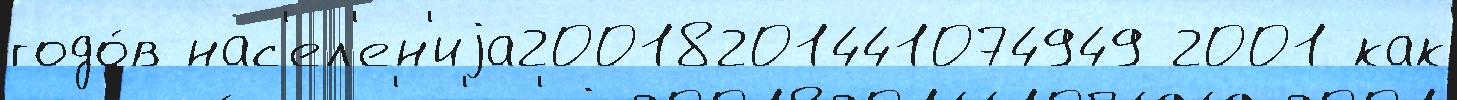
годо́в нас'ел'ен'иjа20018201441074949 2001 как